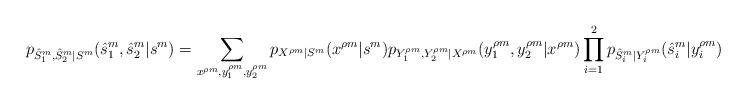
LaTeX: \begin{align*}p_{\hat{S}^m_1,\hat{S}^m_2|S^m}(\hat{s}^m_1,\hat{s}^m_2|s^m)=\sum\limits_{x^{\rho m},y^{\rho m}_1,y^{\rho m}_2}p_{X^{\rho m}|S^m}(x^{\rho m}|s^m)p_{Y^{\rho m}_1,Y^{\rho m}_2|X^{\rho m}}(y^{\rho m}_1,y^{\rho m}_2|x^{\rho m})\prod\limits_{i=1}^2p_{\hat{S}^m_i|Y^{\rho m}_i}(\hat{s}^m_i|y^{\rho m}_i)\end{align*}